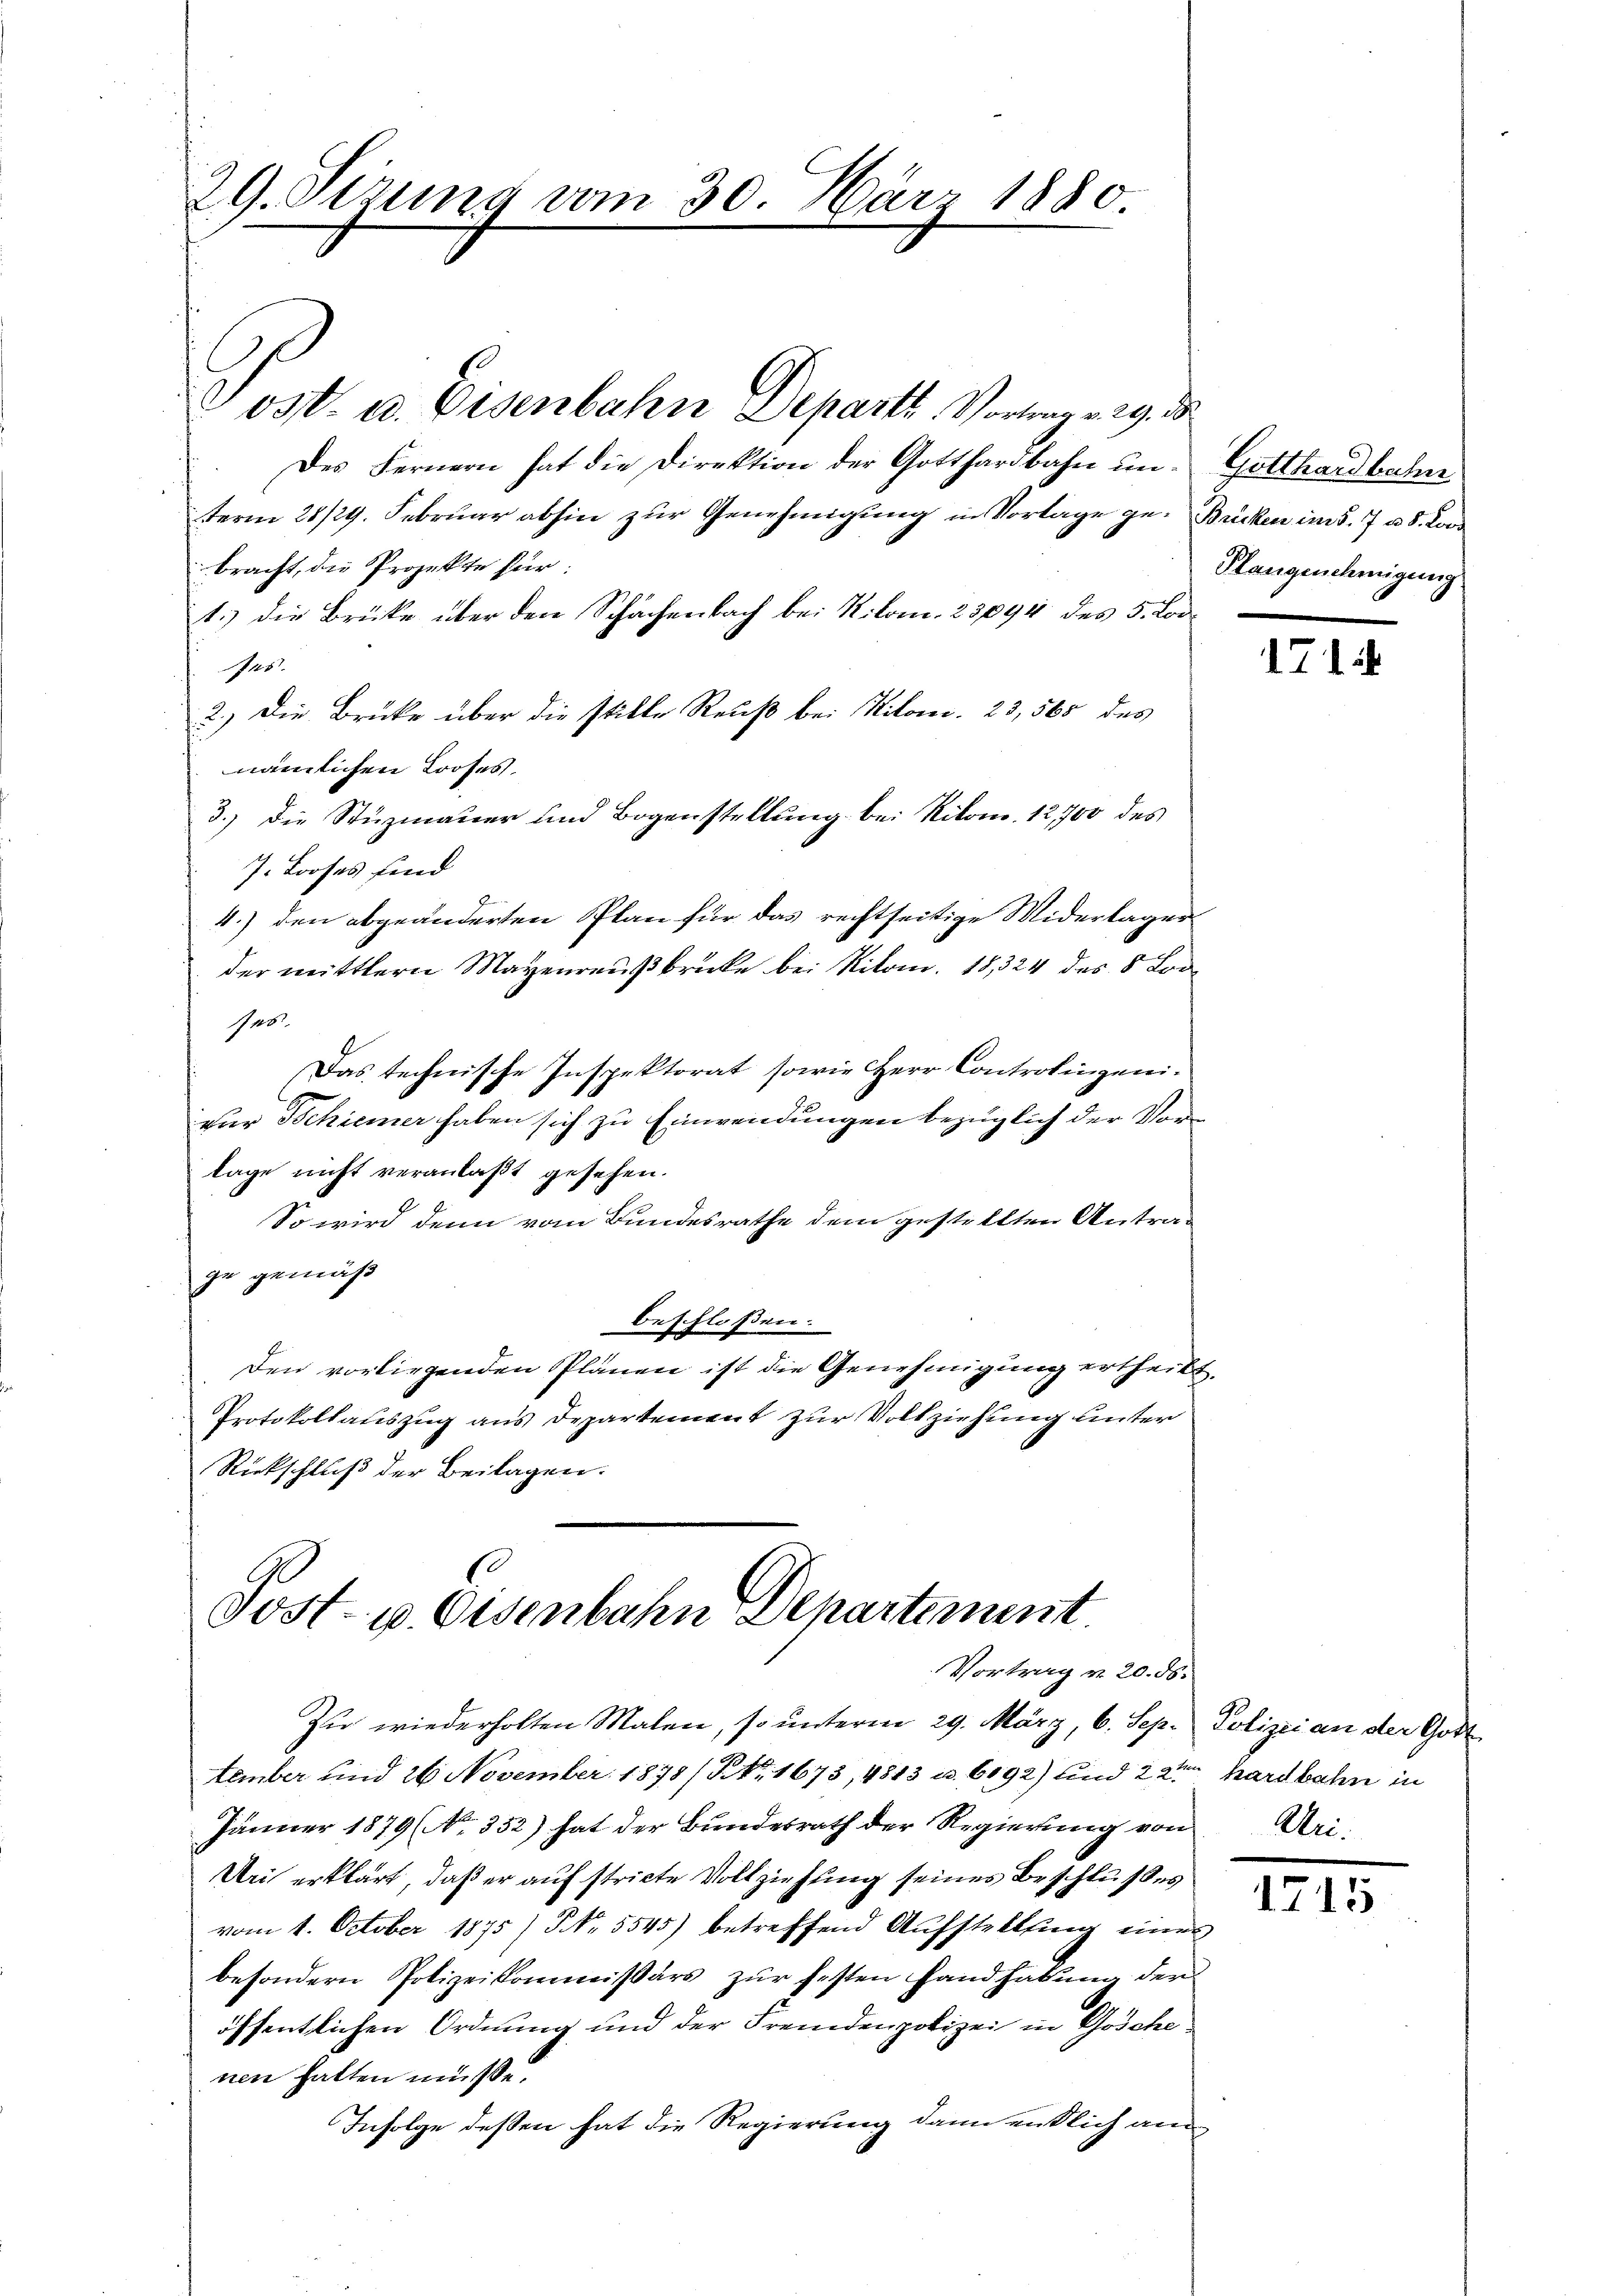
29. Sirung vom 30. März 1880

V ost. u. Eisenbahn Departe Vortrag v. 29. d.
Des Fernern hat die Direktion der Gotthardbahn un- Gotthardbahne
term 28/29. Februar abhin zur Genehmigung in Vorlage ge-Bücken im §. 7 u. 8. Kor
bracht, die Projekte für:
1.) Die Brüke über den Schächenbach bei Kilom. 23094 des 5. Lor¬
Mas
2.) Die Brücke über die stille Reuß bei Kilomi. 23,565 des
nämlichen Looses.
3.) Die Stuzmauer und Bogenstellung bei Nikon. 12,700 des
7. Looses sind
7
4.) den abgeänderten Plan für das rechtseitige Widerlager
der mittlern Mayenreußbrücke bei Nitom. 18,324 des 8 Lor¬
Jas
Das technische Inspektorat sowie Herr Controlingenizur Schiener haben sich zu Einwendungen bezüglich der Vorlage nicht veranlaßt gesehen.
So wird denn vom Bundesrathe dem gestellten Antrage gemäß
beschloßen:
Den vorliegenden Plänen ist die Genehmigung ertheilt,
Protokollauszug aus Departement zur Vollziehung unter
Rückschluß der Beilagen.
e

Post- u. Eisenbahn Departement.
Vortrag v. 20. 55.

Zu wiederholten Malen, so unterm 29. März, 6. Sep. Polizei an der Gotttember und 26 November 1878 / NNo. 1673, 4813 u. 6192) und 2 den hardbahn in
Jänner 1879 (No. 352) hat der Bundesrath der Regierung von Uri-
Uri erklärt, daß er auf stricte Vollziehung seines Beschlußes
vom 1. October 1875) NNo. 5545) betreffend Aufstellung einer
besondern Polizeikommissärs zur festen Handhabung der
öffentlichen Ordnung und der Fremdenpolizei in Göschenen hatten müsse.
Infolge deßen hat die Regierung dann entlich am

Plangenehmigung

171

1715